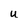
Character: U